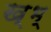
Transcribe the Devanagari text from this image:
ख्भ्